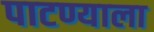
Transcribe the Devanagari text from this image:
पाटण्याला